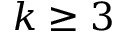
k \geq 3